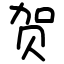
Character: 贺